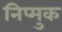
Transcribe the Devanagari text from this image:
निप्मुक